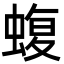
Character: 蝮